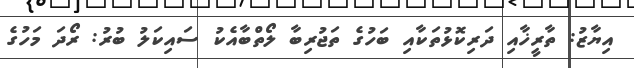
އިޔާޒު: ތާރީޚާއި ދަރިކޮޅުތަކާއި ބަހުގެ ތަޖުރިބާ ލޯތްބާއެކު ސައިކަލު ބުރު: ރޯދަ މަހުގެ